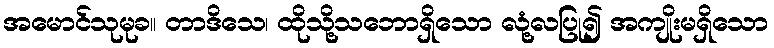
အမောင်သုမုခ။ တာဒိသေ၊ ထိုသို့သဘောရှိသော လုံ့လပြု၍ အကျိုးမရှိသော